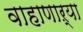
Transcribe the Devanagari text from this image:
वाहाणाऱ्या